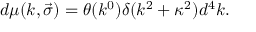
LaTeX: d \mu ( k , \vec { \sigma } ) = \theta ( k ^ { 0 } ) \delta ( k ^ { 2 } + \kappa ^ { 2 } ) d ^ { 4 } k .